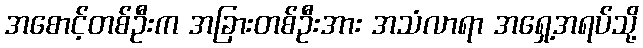
အစောင့်တစ်ဦးက အခြားတစ်ဦးအား အသံလာရာ အရှေ့အရပ်သို့